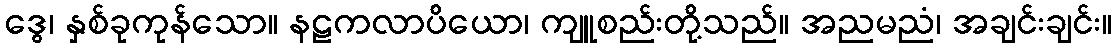
ဒွေ၊ နှစ်ခုကုန်သော။ နဠကလာပိယော၊ ကျူစည်းတို့သည်။ အညမညံ၊ အချင်းချင်း။